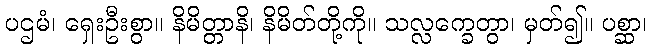
ပဌမံ၊ ရှေးဦးစွာ။ နိမိတ္တာနိ၊ နိမိတ်တို့ကို။ သလ္လက္ခေတွာ၊ မှတ်၍။ ပစ္ဆာ၊